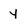
Character: y